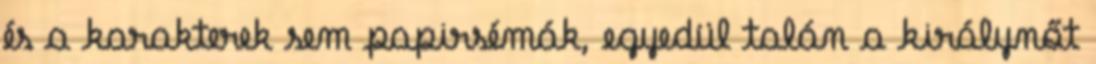
és a karakterek sem papirsémák, egyedül talán a királynőt